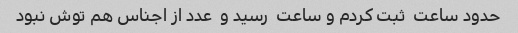
حدود ساعت  ثبت کردم و ساعت  رسید و  عدد از اجناس هم توش نبود